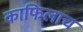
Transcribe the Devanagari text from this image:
काफिलाच